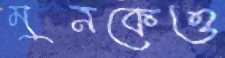
মুনকেও